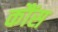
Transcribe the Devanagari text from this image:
कौंस